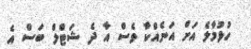
ހުޅުމާލެ އަށް އަނެއްކާ ވެސް އާ ދެ ޝަޓްލް ބަސް އެ